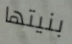
بنيتها